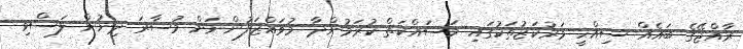
ރާއްޖޭގެ ބައެއް ސިއްހީ މަރުކަޒުތަކުގައި މަސައްކަތް ކުރަމުންދާ މުވައްޒަފުންނަށް މުސާރަ ދިނުން ލަސްވި